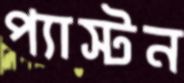
প্যাস্টন